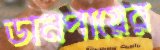
ডানপায়ের